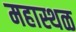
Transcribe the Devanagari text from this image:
महास्थळ